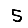
Digit: 5